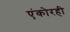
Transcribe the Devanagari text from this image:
एंकोरही